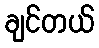
ချင်တယ်